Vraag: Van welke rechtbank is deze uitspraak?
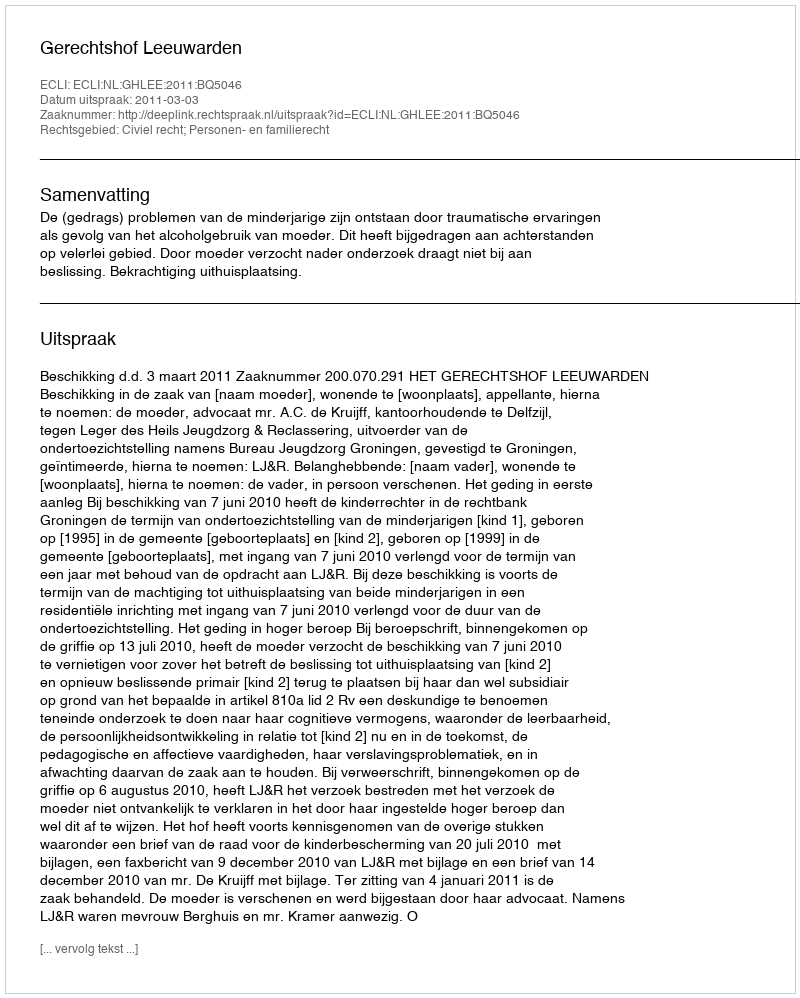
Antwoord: Gerechtshof Leeuwarden